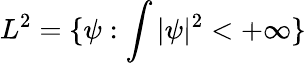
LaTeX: L^{2}=\{ \psi:\int|\psi|^{2}<+\infty\}